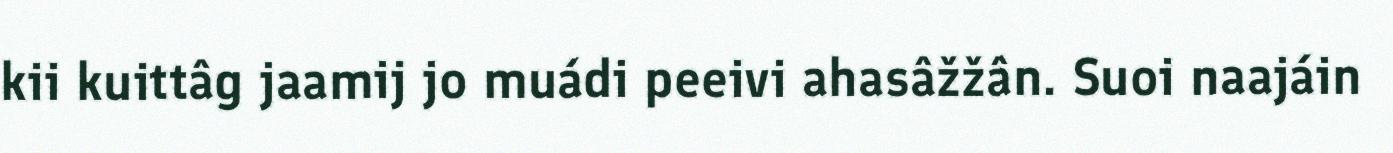
kii kuittâg jaamij jo muádi peeivi ahasâžžân. Suoi naajáin